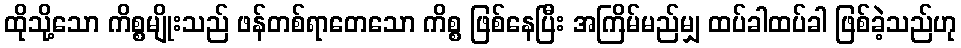
ထိုသို့သော ကိစ္စမျိုးသည် ဖန်တစ်ရာတေသော ကိစ္စ ဖြစ်နေပြီး အကြိမ်မည်မျှ ထပ်ခါထပ်ခါ ဖြစ်ခဲ့သည်ဟု